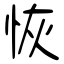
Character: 恢